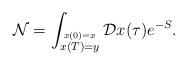
LaTeX: \begin{align*}{\cal N}=\int_{\stackrel{x(0)=x}{x(T)=y}}{\cal D} x(\tau) e^{-S}.\end{align*}